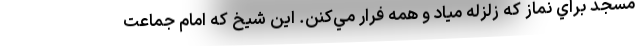
مسجد براي نماز كه زلزله مياد و همه فرار مي‌كنن. اين شيخ كه امام جماعت